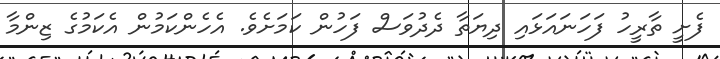
ފެށީ ތާރީހު ފަހަނައަޅައި ދިޔަތާ ދެދުވަސް ފަހުން ކަމަށެވެ. އެހެންކަމުން އެކަމުގެ ޒިންމާ